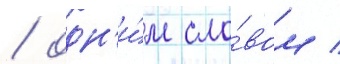
/ одн'и́м сло́вом /